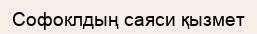
Софоклдың саяси қызмет